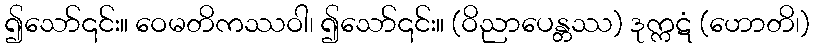
၍သော်၎င်း။ ဝေမတိကဿဝါ၊ ၍သော်၎င်း။ (ဝိညာပေန္တဿ) ဒုက္ကဋံ (ဟောတိ၊)